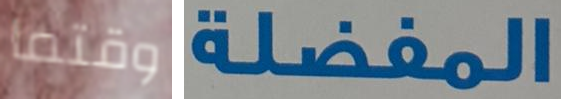
وقتما المفضلة